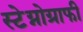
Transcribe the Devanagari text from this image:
स्टेग्नोग्राफी